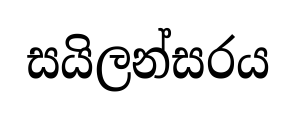
සයිලන්සරය